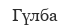
Гүлба